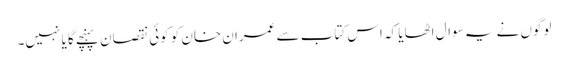
لوگوں نے یہ سوال اٹھایا کہ اس کتاب سے عمران خان کو کوئی نقصان پہنچے گا یا نہیں۔